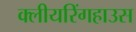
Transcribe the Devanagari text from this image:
क्लीयरिंगहाउस